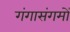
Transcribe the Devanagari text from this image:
गंगासंगमों